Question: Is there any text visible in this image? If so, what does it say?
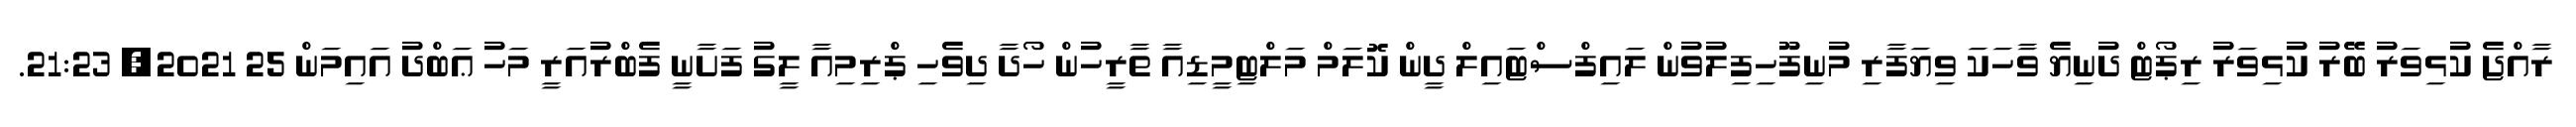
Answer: ރާއްޖެ ކުޅިވަރު ބޭރު ކުޅިވަރު ރިޕޯޓް ދުނިޔެ ވާހަކަ ވިޔަފާރި މުނިފޫހިފިލުވުން ލައިފްސްޓައިލް ދީން ކޮލަމް މަލްޓިމީޑިއާ ތާރީހުން ހޯދާ ދިވެހި ޕްރިމިއާ ލީގު ފަށާނީ ފެބްރުއަރީ މަހު ޢަބްދު އައިމަން 25 2021, 21:23.